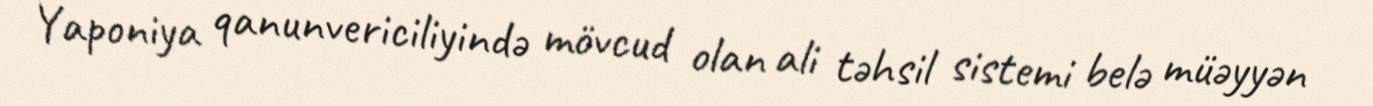
Yaponiya qanunvericiliyində mövcud olan ali təhsil sistemi belə müəyyən